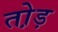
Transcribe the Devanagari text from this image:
तो़ड़